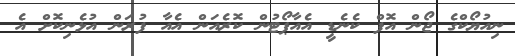
ނިއުޔޯކްގެ ޖޯން އޮފް ކެނެޑީ އެއާޕޯޓުން ކޮރެއަން އެއާ ފުރަން އުޅެނިކޮށް އެ